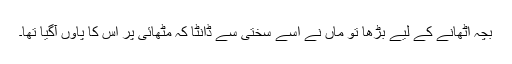
بچہ اٹھانے کے لیے بڑھا تو ماں نے اسے سختی سے ڈانٹا کہ مٹھائی پر اس کا پاؤں آگیا تھا۔